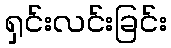
ရှင်းလင်းခြင်း